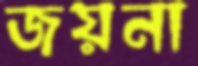
জয়না